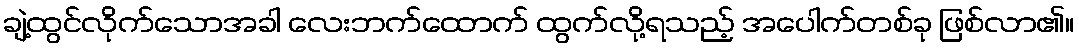
ချဲ့ထွင်လိုက်သောအခါ လေးဘက်ထောက် ထွက်လို့ရသည့် အပေါက်တစ်ခု ဖြစ်လာ၏။